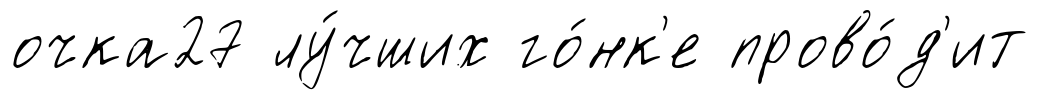
очка27 лу́чших го́нк'е прово́д'ит